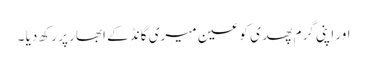
اور اپنی گرم پھدی کو عین میری گانڈ کے ابھار پر رکھ دیا ۔